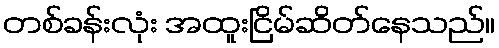
တစ်ခန်းလုံး အထူးငြိမ်ဆိတ်နေသည်။